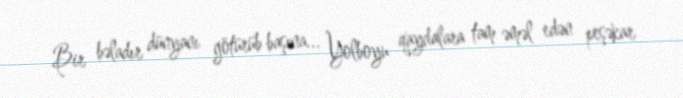
Bir bəladır dünyanı götürüb başına... Yolboyu qaydalara tam əməl edən peşəkar